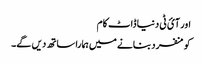
اور آئ ٹی دنیا ڈاٹ کام
کو منفرد بنانے میں ہمارا ساتھ دیں گے۔